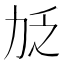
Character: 𫦧